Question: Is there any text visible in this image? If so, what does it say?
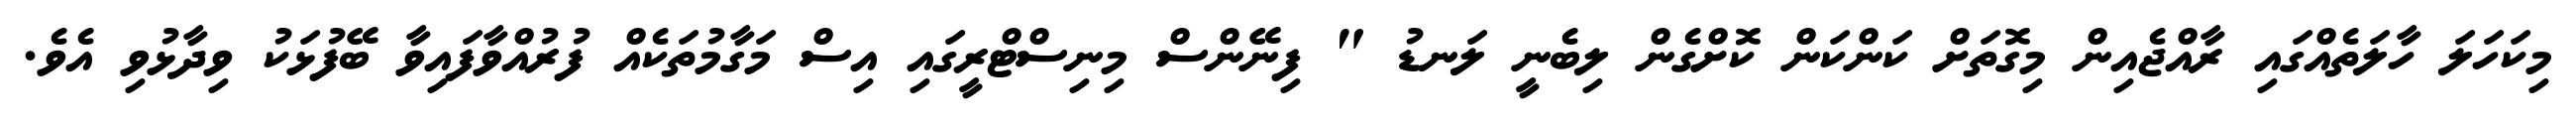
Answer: މިކަހަލަ ހާލަތެއްގައި ރާއްޖެއިން މިގޮތަށް ކަންކަން ކޮށްގެން ލިބެނީ ލަނޑު " ފިނޭންސް މިނިސްޓްރީގައި އިސް މަގާމުތަކެއް ފުރުއްވާފައިވާ ބޭފުޅަކު ވިދާޅުވި އެވެ.